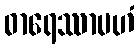
ဓာရေဿာမဟံ